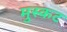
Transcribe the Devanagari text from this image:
मुस्कट